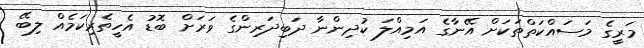
މަރީގެ މަސައްކަތްތަކަށް އޭނާގެ އަމިއްލަ ކުދިންނާ ދަބިދަރިންގެ ވަރަށް ބޮޑު އެހީތެރިކަމެއް ލިބޭ